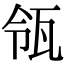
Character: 瓴